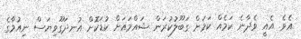
އެވެ. އެއީ ވެދާނެ ކަމެއް ކަމަށް ގަބޫލުކުރަން ޝައްމައަށް ކުޑަކޮށް އުނދަގޫވިޔަސް ނިއުމާގެ